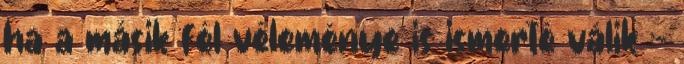
ha a másik fél véleménye is ismerté válik :-